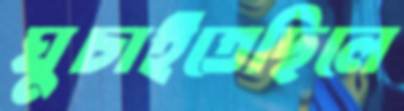
ঘুচাইতেছিলে